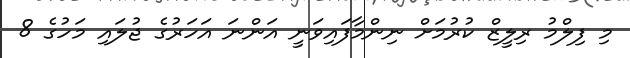
މި ފިލްމު ރިލީޒް ކުރުމަށް ނިންމާފައިވަނީ އަންނަ އަހަރުގެ ޖުލައި މަހުގެ 8